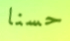
حسنا